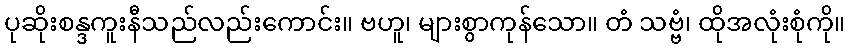
ပုဆိုးစန္ဒကူးနီသည်လည်းကောင်း။ ဗဟူ၊ များစွာကုန်သော။ တံ သဗ္ဗံ၊ ထိုအလုံးစုံကို။